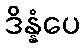
ဒိန္နံပေ